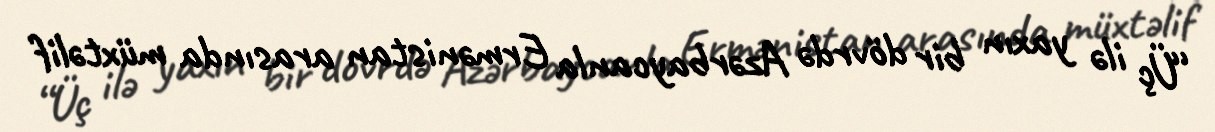
“Üç ilə yaxın bir dövrdə Azərbaycanla Ermənistan arasında müxtəlif